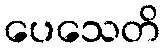
ပေသေတိ